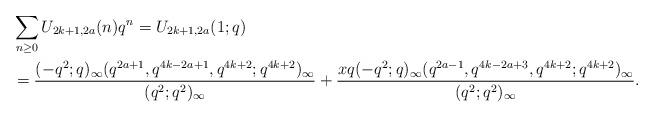
LaTeX: \begin{align*}&\sum_{n\geq0}U_{2k+1,2a}(n)q^n=U_{2k+1,2a}(1;q)\\&=\frac{(-q^2;q)_\infty(q^{2a+1},q^{4k-2a+1},q^{4k+2};q^{4k+2})_\infty}{(q^2;q^2)_\infty}+\frac{xq(-q^2;q)_\infty(q^{2a-1},q^{4k-2a+3},q^{4k+2};q^{4k+2})_\infty}{(q^2;q^2)_\infty}.\end{align*}